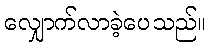
လျှောက်လာခဲ့ပေသည်။